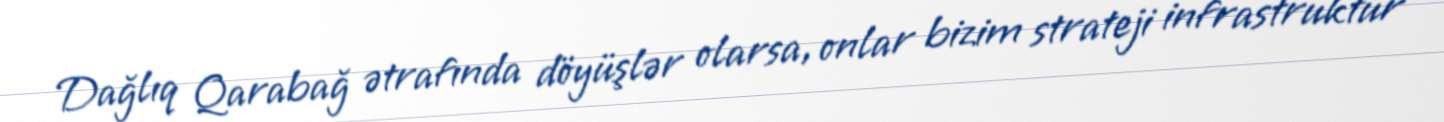
Dağlıq Qarabağ ətrafında döyüşlər olarsa, onlar bizim strateji infrastruktur